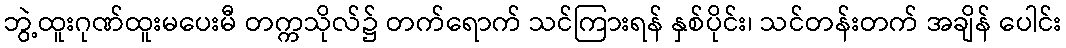
ဘွဲ့ထူးဂုဏ်ထူးမပေးမီ တက္ကသိုလ်၌ တက်ရောက် သင်ကြားရန် နှစ်ပိုင်း၊ သင်တန်းတက် အချိန် ပေါင်း